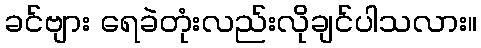
ခင်ဗျား ရေခဲတုံးလည်းလိုချင်ပါသလား။